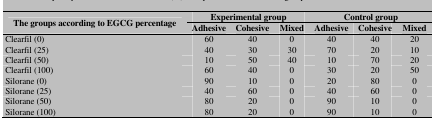
<table><thead><tr><td rowspan="2"><b>The groups according to EGCG percentage</b></td><td colspan="3"><b>Experimental group</b></td><td colspan="3"><b>Control group</b></td></tr><tr><td><b>Adhesive</b></td><td><b>Cohesive</b></td><td><b>Mixed</b></td><td><b>Adhesive</b></td><td><b>Cohesive</b></td><td><b>Mixed</b></td></tr></thead><tbody><tr><td> Clearfil (0) </td><td> 60 </td><td> 40 </td><td> 0 </td><td> 40 </td><td> 40 </td><td> 20 </td></tr><tr><td> Clearfil (25) </td><td> 40 </td><td> 30 </td><td> 30 </td><td> 70 </td><td> 20 </td><td> 10 </td></tr><tr><td> Clearfil (50) </td><td> 10 </td><td> 50 </td><td> 40 </td><td> 10 </td><td> 70 </td><td> 20 </td></tr><tr><td> Clearfil (100) </td><td> 60 </td><td> 40 </td><td> 0 </td><td> 30 </td><td> 20 </td><td> 50 </td></tr><tr><td> Silorane (0) </td><td> 90 </td><td> 10 </td><td> 0 </td><td> 20 </td><td> 80 </td><td> 0 </td></tr><tr><td> Silorane (25) </td><td> 40 </td><td> 60 </td><td> 0 </td><td> 40 </td><td> 60 </td><td> 0 </td></tr><tr><td> Silorane (50) </td><td> 80 </td><td> 20 </td><td> 0 </td><td> 90 </td><td> 10 </td><td> 0 </td></tr><tr><td> Silorane (100) </td><td> 80 </td><td> 20 </td><td> 0 </td><td> 90 </td><td> 10 </td><td> 0 </td></tr></tbody></table>